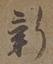
新